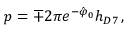
p = \mp 2 \pi e ^ { - \hat { \varphi } _ { 0 } } h _ { D 7 } \, ,